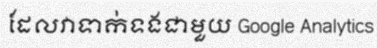
ដែលវាទាក់ទងជាមួយ Google Analytics